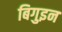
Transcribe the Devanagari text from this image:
बिगुइन